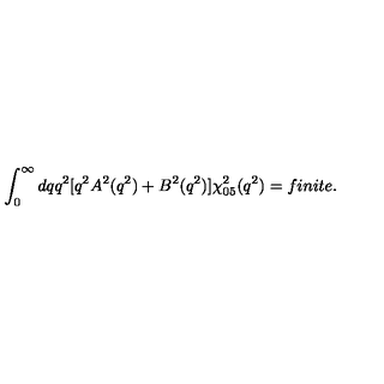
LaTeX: \int _ { 0 } ^ { \infty } d q q ^ { 2 } \lbrack q ^ { 2 } A ^ { 2 } ( q ^ { 2 } ) + B ^ { 2 } ( q ^ { 2 } ) \rbrack \chi _ { 0 5 } ^ { 2 } ( q ^ { 2 } ) = f i n i t e .